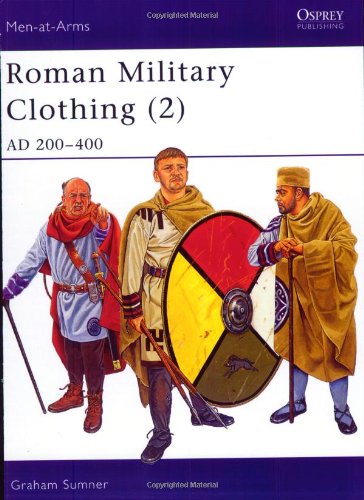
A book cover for Roman Military Clothing (2): AD 200-400 (Men-at-Arms) (v. 2); Graham Sumner; History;